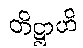
တိဋ္ဌာဟိ